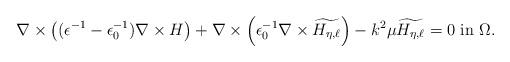
LaTeX: \begin{align*}\nabla\times\left((\epsilon^{-1}-\epsilon_{0}^{-1})\nabla\times H\right)+\nabla\times\left(\epsilon_{0}^{-1}\nabla\times\widetilde{H_{\eta,\ell}}\right)-k^{2}\mu\widetilde{H_{\eta,\ell}}=0\mbox{ in }\Omega.\end{align*}